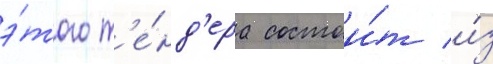
э́того т'е́нд'ера состои́т и́з